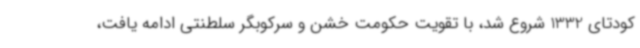
کودتای 1332 شروع شد، با تقویت حکومت خشن و سرکوبگر سلطنتی ادامه یافت،